Civil Veterinary Dept. North-West Frontier Province 1933-46 - 1933-1946
Year: 1933
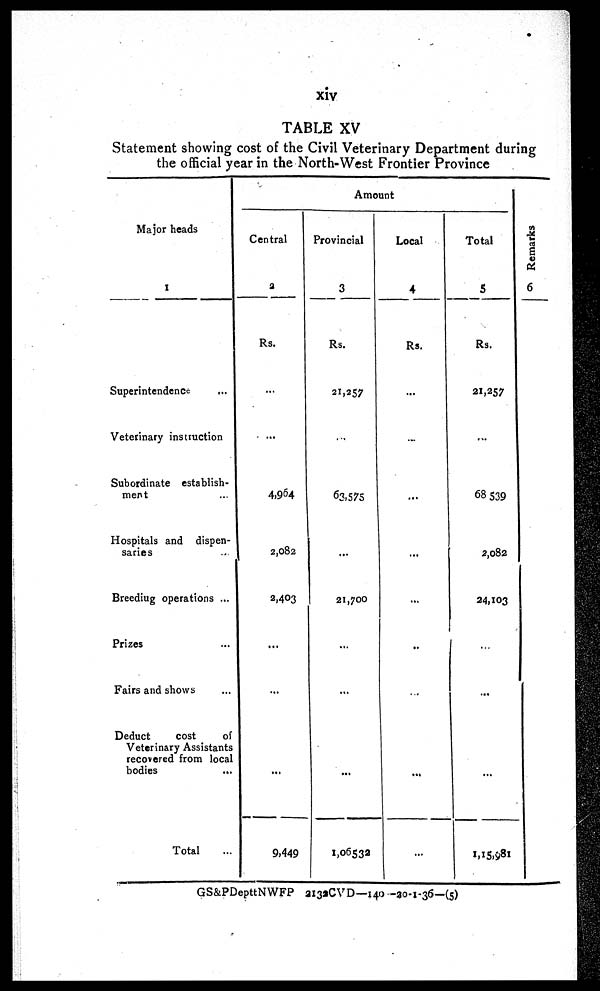
xiv
TABLE XV
Statement showing cost of the Civil Veterinary Department during
the official year in the North-West Frontier Province
Major heads
1
Superintendence ...
Veterinary instruction
Subordinate establish-
ment ...
Hospitals and dispen-
saries
Breeding operations ...
Prizes ...
Fairs and shows ...
Deduct
cost
of
Veterinary Assistants
recovered from local
bodies ...
Total ...
Amount
Central
2
Rs.
...
...
4,964
2,082
2,403
...
...
...
9,449
Provincial
3
Rs.
21,257
...
63,575
...
21,700
...
...
...
1,06,532
Local
4
Rs.
...
...
...
...
...
..
...
...
...
Total
5
Rs.
21,257
...
68 539
2,082
24,103
...
...
...
1,15,981
Remarks
6
GS&PDepttNWFP 2132CVD—140 -20-1-36-(5)